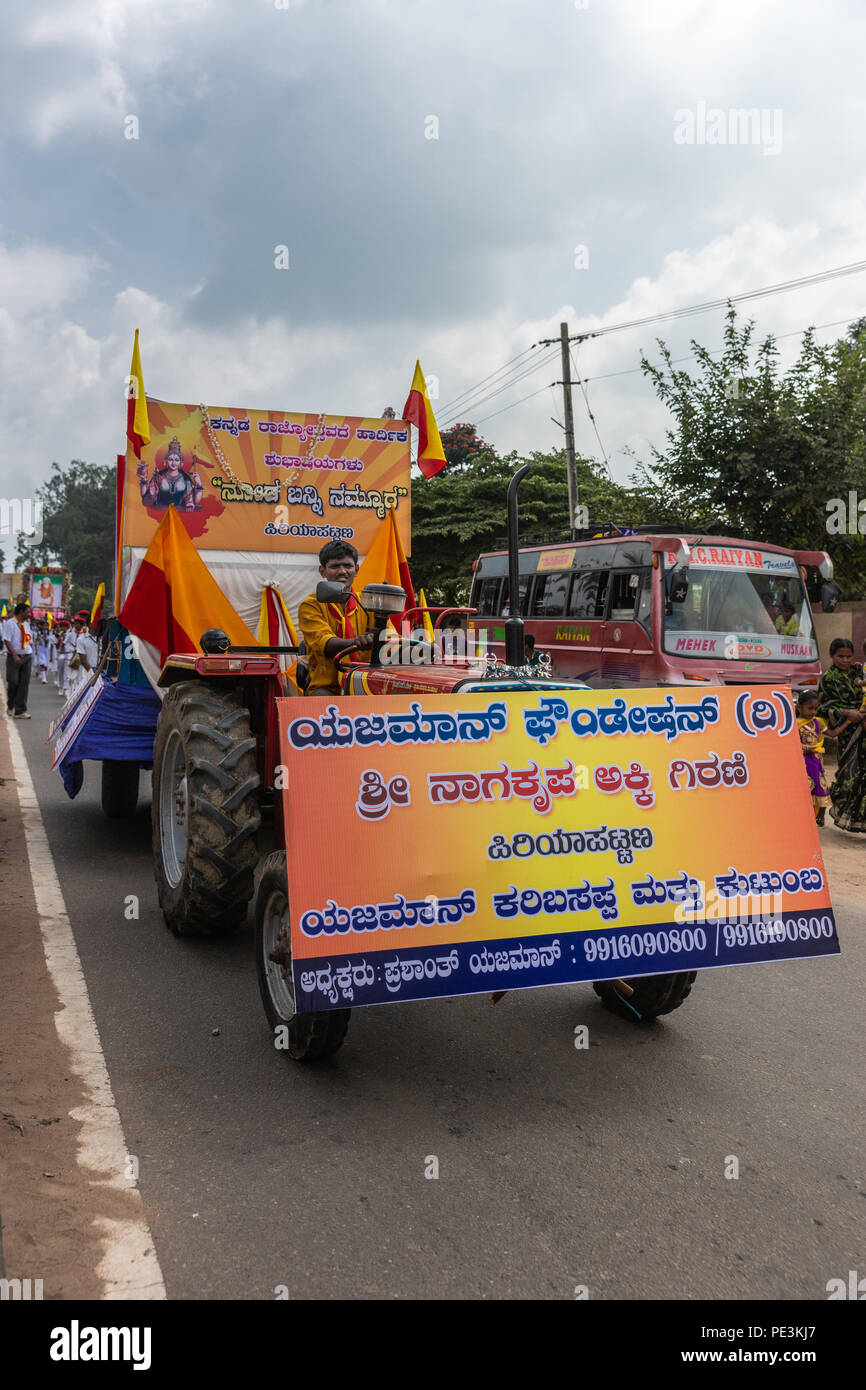
Language: kannada
Transcription: ಕರಿಬಸಪ್ಪ ಬನ್ನಿ ನಮ್ಮೂರ ಯಜಮಾನ್ ನಾಗಕೃಪ ಅಕ್ಕಿ ಗಿರಣಿ ಪಿರಿಯಾಪಟ್ಟಣ ಮತ್ತು ಕುಟುಂಬ ಯಜಮಾನ್ ಅಧ್ಯಕ್ಷರು ರಿ ಫೌಂಡೇಷನ್ ಪ್ರಶಾಂತ್ ಯಜಮಾನ್ ಶ್ರೀ